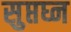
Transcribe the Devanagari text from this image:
सुप्तघ्न